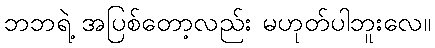
ဘဘရဲ့ အပြစ်တော့လည်း မဟုတ်ပါဘူးလေ။